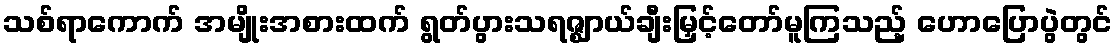
သစ်ရာကောက် အမျိုးအစားထက် ရွတ်ပွားသရဇ္ဈာယ်ချီးမြှင့်တော်မူကြသည့် ဟောပြောပွဲတွင်